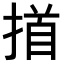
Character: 𢰢